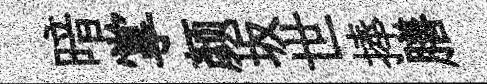
暗掌颜坂世捧膳